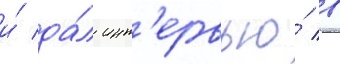
и́ да́л инт'ервью́ в